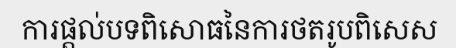
ការផ្តល់បទពិសោធនៃការថតរូបពិសេស